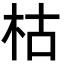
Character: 枯